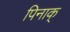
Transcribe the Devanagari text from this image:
पिनाक्